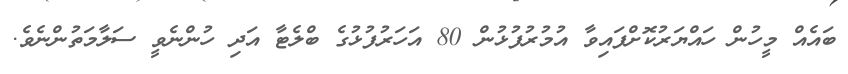
ބައެއް މީހުން ހައްޔަރުކޮށްފައިވާ އުމުރުފުޅުން 80 އަހަރުފުޅުގެ ބްލެޓާ އަދި ހުންނެވީ ސަލާމަތުންނެވެ.